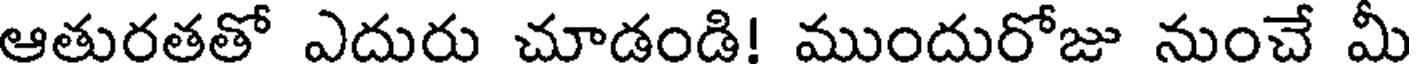
ఆతురతతో ఎదురు చూడండి! ముందురోజు నుంచే మీ